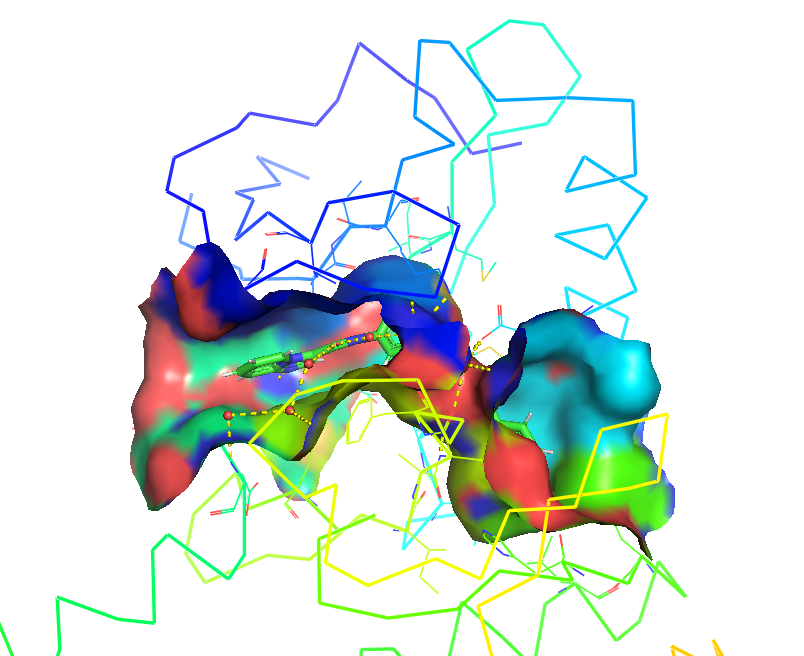
pymol, preset ligand site, solid surface